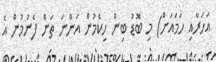
އަހަރާއި ހަމައަށް) މި ބޮޑު ބިން ހިކެމުން އަންނަ ތަން ފެނުމުން އެ